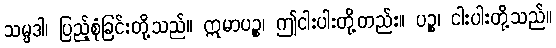
သမ္ပဒါ၊ ပြည့်စုံခြင်းတို့သည်။ ဣမာပဉ္စ၊ ဤငါးပါးတို့တည်း။ ပဉ္စ၊ ငါးပါးတို့သည်။